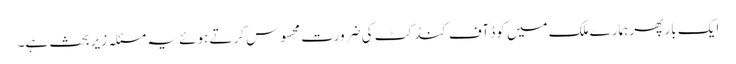
ایک بار پھر ہمارے ملک میں کوڈ آف کنڈکٹ کی ضرورت محسوس کرتے ہوئے یہ مسئلہ زیر بحث ہے۔